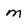
Character: m